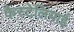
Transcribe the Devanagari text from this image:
कैस्टेलियाई